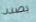
بصدد